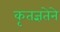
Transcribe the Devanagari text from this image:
कृतज्ञतेने